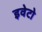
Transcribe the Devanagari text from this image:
इवेटो